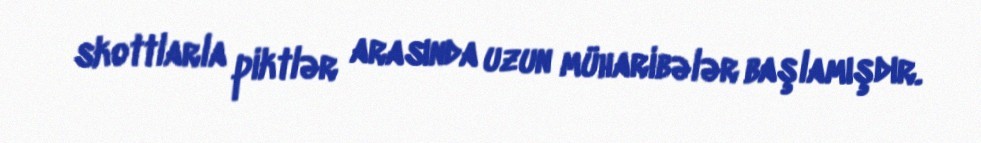
skottlarla piktlər arasında uzun müharibələr başlamışdır.